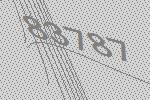
83787